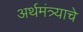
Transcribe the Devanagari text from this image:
अर्थमंत्र्याचे